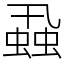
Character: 蝨